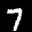
Label: 7